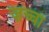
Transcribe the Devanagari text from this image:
ज़च्चा